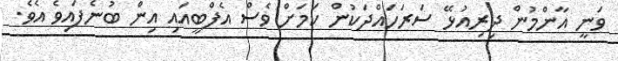
ވަނީ އާންމުން ދިރިއުޅޭ ސަރަހައްދަކުން ކަމަށް ވެސް އެފްބީއައި އިން ބުނެފައިވެ އެވެ.